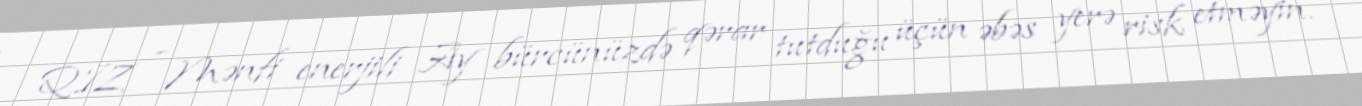
QIZ - Mənfi enerjili Ay bürcünüzdə qərar tutduğu üçün əbəs yerə risk etməyin.